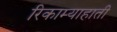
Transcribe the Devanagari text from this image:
रिकाम्याहाती